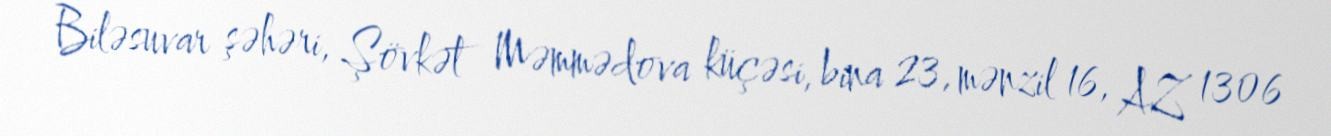
Biləsuvar şəhəri, Şövkət Məmmədova küçəsi, bina 23, mənzil 16, AZ 1306